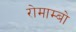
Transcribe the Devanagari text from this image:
रोमाम्बो